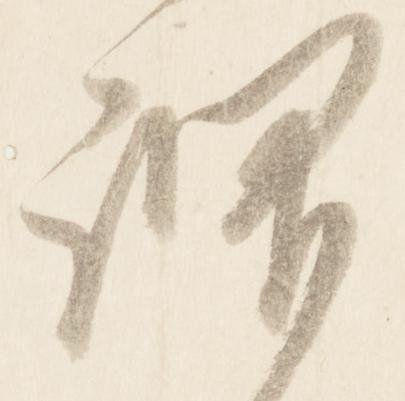
謂